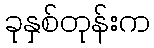
ခုနှစ်တုန်းက